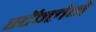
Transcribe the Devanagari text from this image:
स्टॅन्लेने